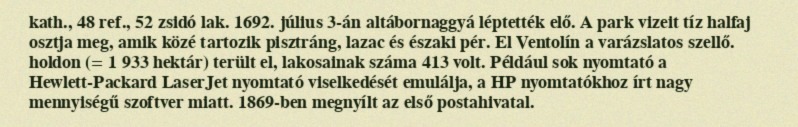
kath., 48 ref., 52 zsidó lak. 1692. július 3-án altábornaggyá léptették elő. A park vizeit tíz halfaj osztja meg, amik közé tartozik pisztráng, lazac és északi pér. El Ventolín a varázslatos szellő. holdon (= 1 933 hektár) terült el, lakosainak száma 413 volt. Például sok nyomtató a Hewlett-Packard LaserJet nyomtató viselkedését emulálja, a HP nyomtatókhoz írt nagy mennyiségű szoftver miatt. 1869-ben megnyílt az első postahivatal.